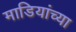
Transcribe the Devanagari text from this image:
माडियांच्या